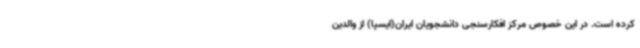
کرده است. در این خصوص مرکز افکارسنجی دانشجویان ایران(ایسپا) از والدین